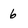
Character: 6